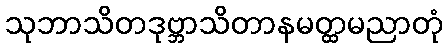
သုဘာသိတဒုဗ္ဘာသိတာနမတ္ထမညာတုံ